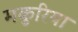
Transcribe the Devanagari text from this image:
मकुरिया